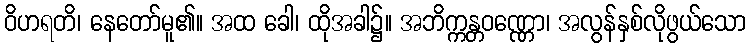
ဝိဟရတိ၊ နေတော်မူ၏။ အထ ခေါ၊ ထိုအခါ၌။ အဘိက္ကန္တဝဏ္ဏော၊ အလွန်နှစ်လိုဖွယ်သော